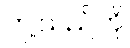
ဤသည်ကို